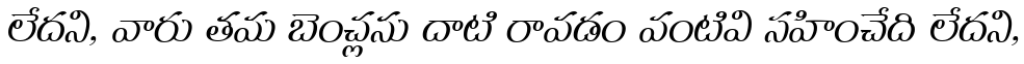
లేదని, వారు తమ బెంచ్లను దాటి రావడం వంటివి సహించేది లేదని,